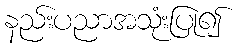
နည်းပညာအသုံးပြု၍